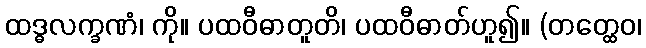
ထဒ္ဓလက္ခဏံ၊ ကို။ ပထဝီဓာတူတိ၊ ပထဝီဓာတ်ဟူ၍။ (တတ္ထေဝ၊